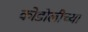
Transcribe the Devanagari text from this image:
कोडोलीच्या